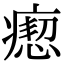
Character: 瘛